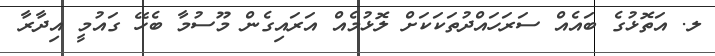
ލ. އަތޮޅުގެ ބައެއް ސަރަހައްދުތަކަކަށް ލޮޅުމެއް އަރައިގެން މޫސުމާ ބެހޭ ގައުމީ އިދާރާ